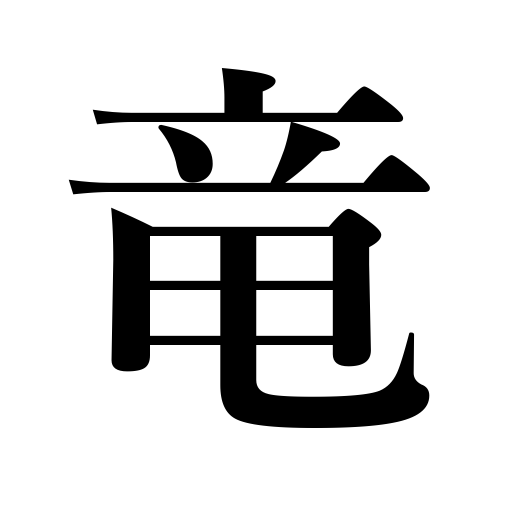
Meanings: imperial,dragon